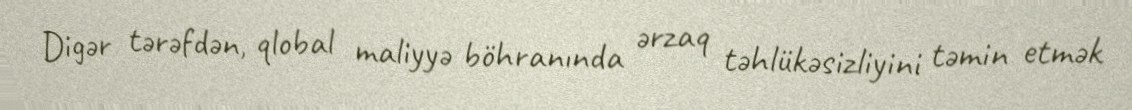
Digər tərəfdən, qlobal maliyyə böhranında ərzaq təhlükəsizliyini təmin etmək